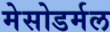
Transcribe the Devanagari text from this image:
मेसोडर्मल